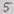
Text: 5